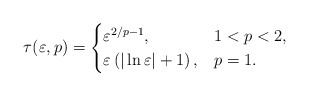
\begin{align*}\tau (\varepsilon ,p) =\begin{cases}\varepsilon ^{2/p-1} , &1<p<2 ,\\\varepsilon\left(\vert \ln \varepsilon \vert +1\right) , &p=1.\end{cases}\end{align*}